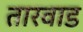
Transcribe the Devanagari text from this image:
तारवाड